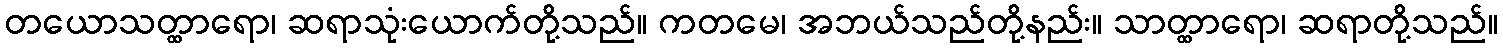
တယောသတ္ထာရော၊ ဆရာသုံးယောက်တို့သည်။ ကတမေ၊ အဘယ်သည်တို့နည်း။ သာတ္ထာရော၊ ဆရာတို့သည်။